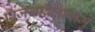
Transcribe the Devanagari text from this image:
विजयविलासमु